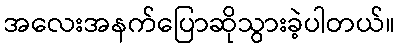
အလေးအနက်ပြောဆိုသွားခဲ့ပါတယ်။